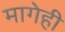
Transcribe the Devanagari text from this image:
मागेही